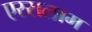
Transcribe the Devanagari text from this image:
एस्सलाम